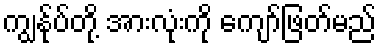
ကျွန်ုပ်တို့ အားလုံးကို ကျော်ဖြတ်မည်